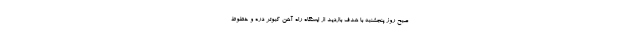
صبح روز پنجشنبه با هدف بازدید از ایستگاه راه آهن کبوتر دره و خطوط